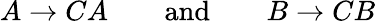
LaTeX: A\rightarrow CA\qquad{\mathrm{and}}\qquad B\rightarrow CB